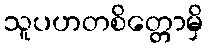
သူပဟတစိတ္တောမှိ